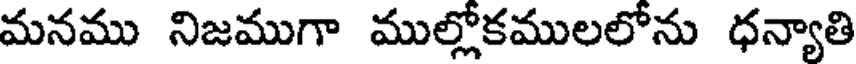
మనము నిజముగా ముల్లోకములలోను ధన్యాతి